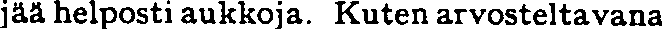
jää helposti aukkoja. Kuten arvosteltavana